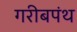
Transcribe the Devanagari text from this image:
गरीबपंथ